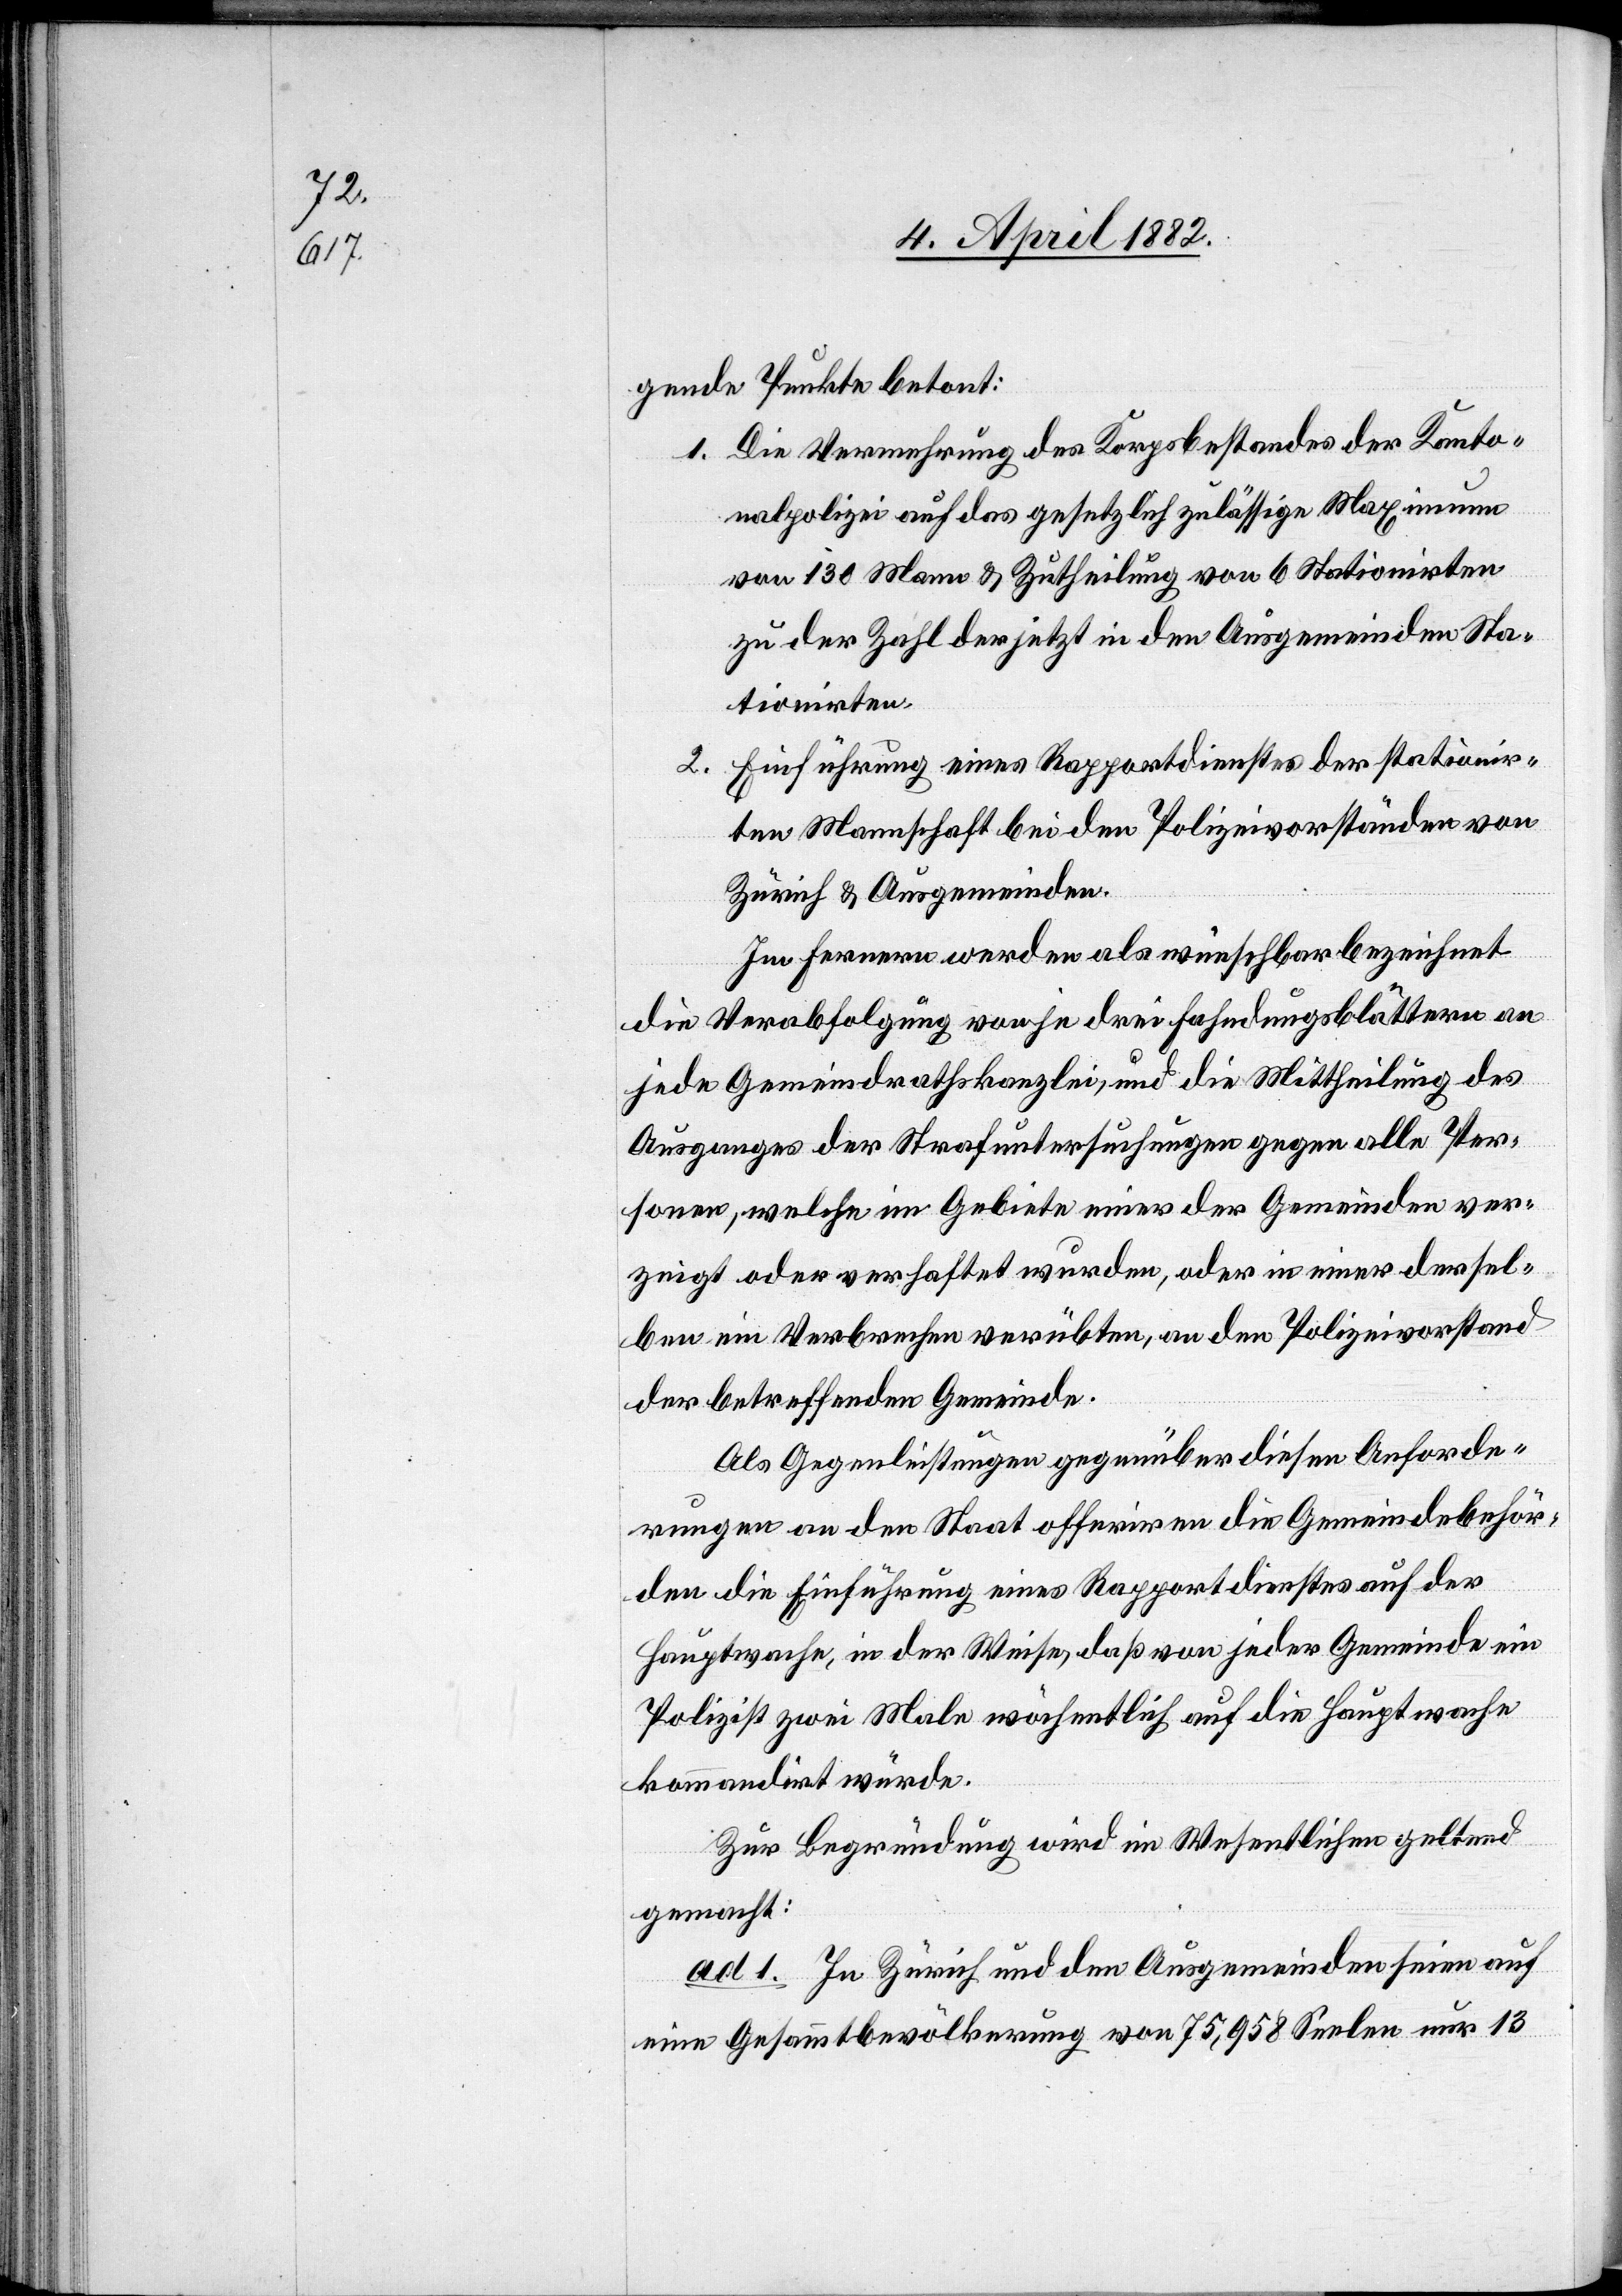
gende Punkte betont:
Die Vermehrung des Korpsbestandes der Kanto¬
nalpolizei auf das gesetzlich zulässige Maximunn
von 130 Mann & Zutheilung von 6 Stationirten
zu der Zahl der jetzt in den Ausgemeinden Sta¬
tionirten.
Einführung eines Rapportdienstes der stationir¬
ten Mannschaft bei den Polizeivorständen von
Zürich & Ausgemeinden.
2.
Im Fernern werden als wünschbar bezeichnet
die Verabfolgung von je drei Fahndungsblättern an
jede Gemeindrathskanzlei, und die Mittheilung des
Ausganges der Strafuntersuchungen gegen alle Per¬
sonen, welche im Gebiete einer der Gemeinden ver¬
zeigt oder verhaftet wurden, oder in einer dersel¬
ben ein Verbrechen verübten, an den Polizeivorstand
der betreffenden Gemeinde.
Als Gegenleistungen gegenüber diesen Anforde¬
rungen an den Staat offeriren die Gemeindebehör¬
den die Einführung eines Rapportdienstes auf der
Hauptwache, in der Weise, daß von jeder Gemeinde ein
Polizist zwei Male wöchentlich auf die Hauptwache
kommandirt würde.
Zur Begründung wird im Wesentlichen geltend
gemacht:
ad 1. In Zürich und den Ausgemeinden seien auf
eine Gesammtbevölkerung von 75,958 Seelen nur 13